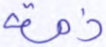
ذمة